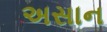
અસાન